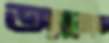
অ্যানোড